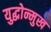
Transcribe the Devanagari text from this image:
युद्धोन्मुख